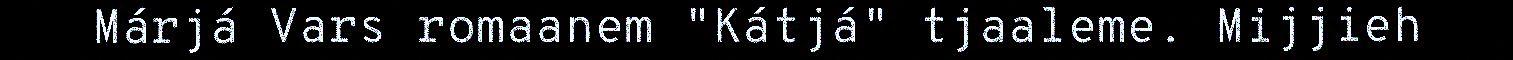
Márjá Vars romaanem "Kátjá" tjaaleme. Mijjieh